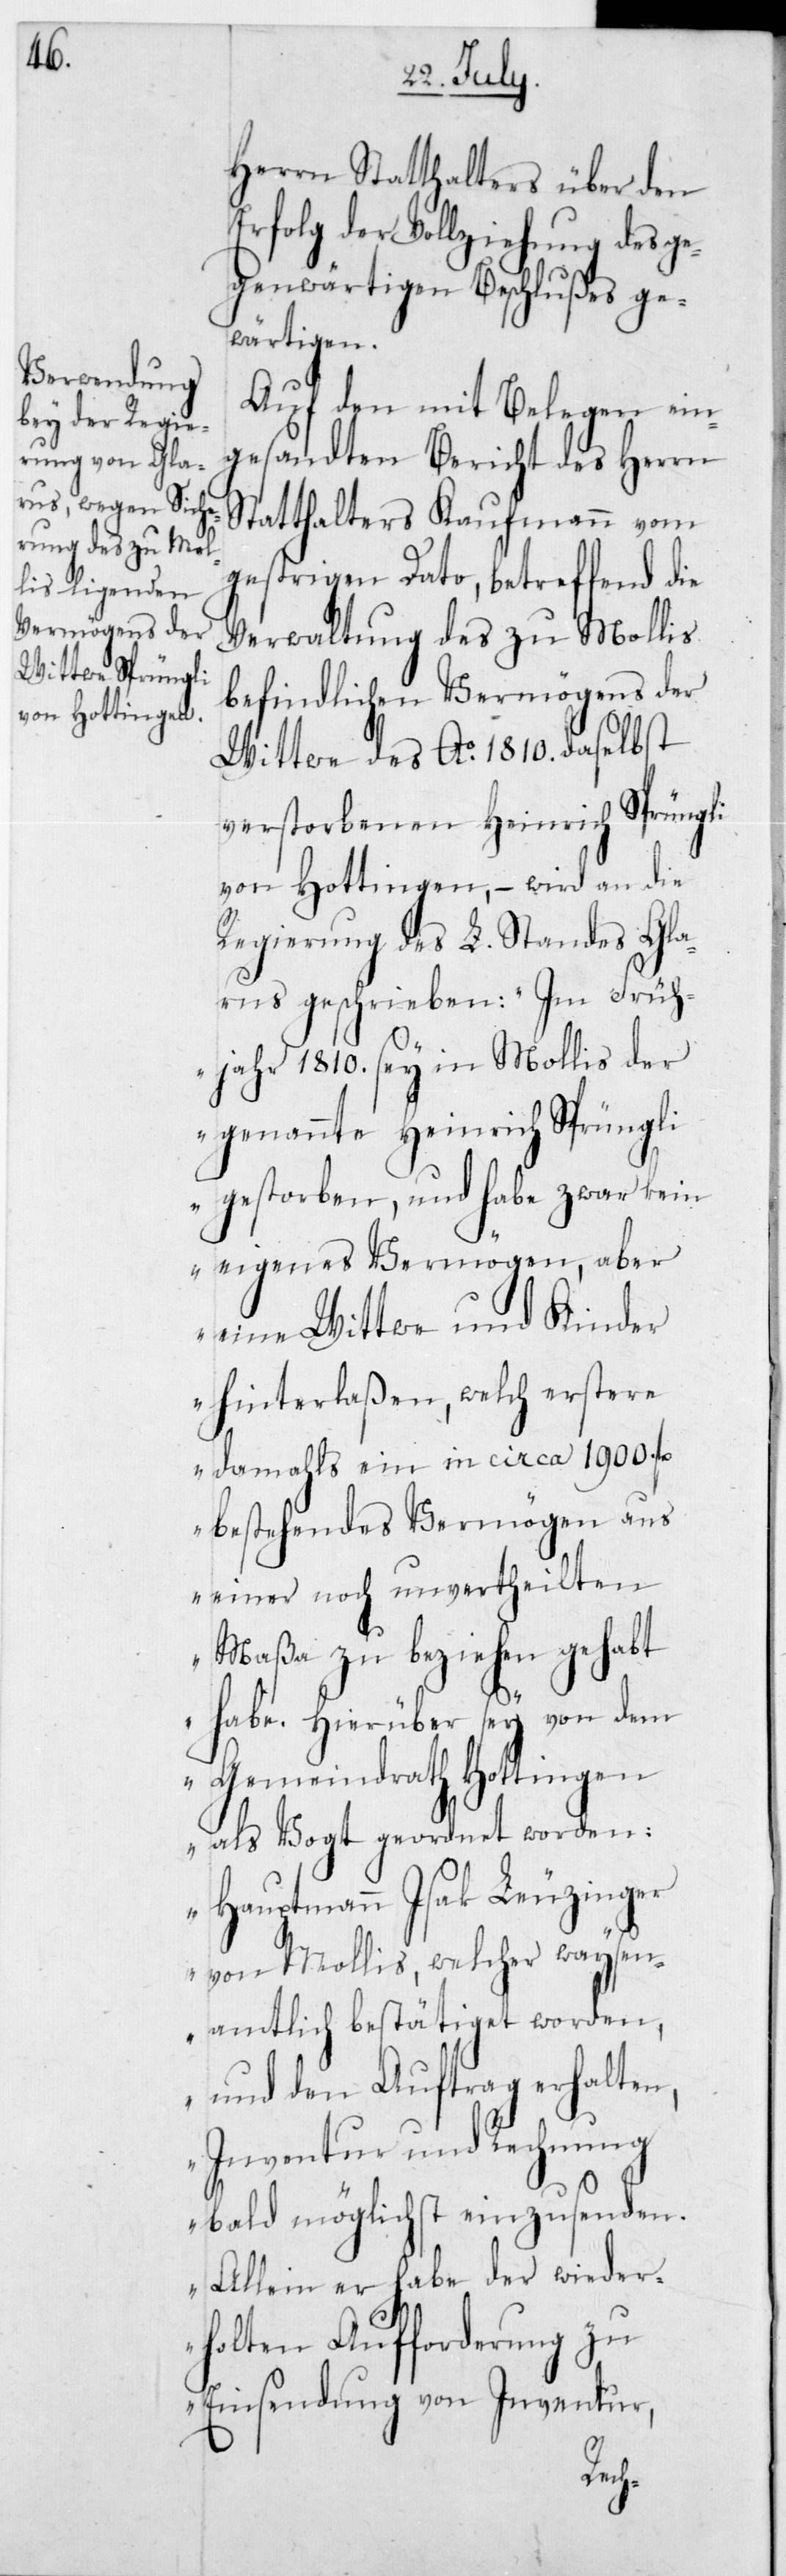
Herrn Statthalters über den
Erfolg der Vollziehung des ge¬
genwärtigen Beschlußes ge¬
wärtigen.
Auf den mit Belegen ein¬
gesandten Bericht des Herrn
Statthalters Kaufmann vom
gestrigen Dato, betreffend die
Verwaltung des zu Mollis
befindlichen Vermögens der
Wittwe des Ao 1810 daselbst
verstorbenen Heinrich Sprüngli
von Hottingen, – wird an die
Regierung des L. Standes Gla¬
rus geschrieben: „Im Früh¬
jahr 1810 sey in Mollis der
genannte Heinrich Sprüngli
gestorben, und habe zwar kein
eigenes Vermögen, aber
eine Wittwe und Kinder
hinterlaßen, welch erstere
damahls ein in circa 1900 fl.
bestehendes Vermögen aus
einer noch unvertheilten
Maßa zu beziehen gehabt
habe. Hierüber sey von dem
Gemeindrath Hottingen
als Vogt geordnet worden:
Hauptmann Isak Leuzinger
von Mollis, welcher waysen¬
amtlich bestätiget worden,
und den Auftrag erhalten,
Inventur und Rechnung
bald möglichst einzusenden.
Allein er habe der wieder¬
holten Aufforderung zu
Einsendung von Inventur,